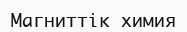
Магниттік химия